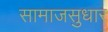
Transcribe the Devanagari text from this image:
सामाजसुधार